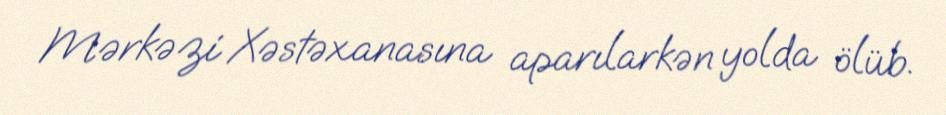
Mərkəzi Xəstəxanasına aparılarkən yolda ölüb.